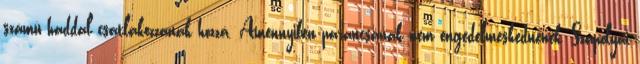
számú haddal csatlakozzanak hozzá. Amennyiben parancsának nem engedelmeskednének, Szapolyai